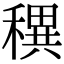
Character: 穓